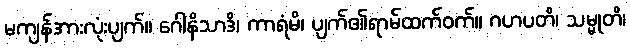
မကျန်အားလုံးပျက်။ ဂေါနိသာဒိ၊ ကာရံမိ၊ ပျက်၏ရာမ်ထက်ဝက်။ ဂဟပတိ၊ သမ္မုတိ၊